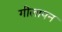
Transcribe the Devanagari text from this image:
गीलापन